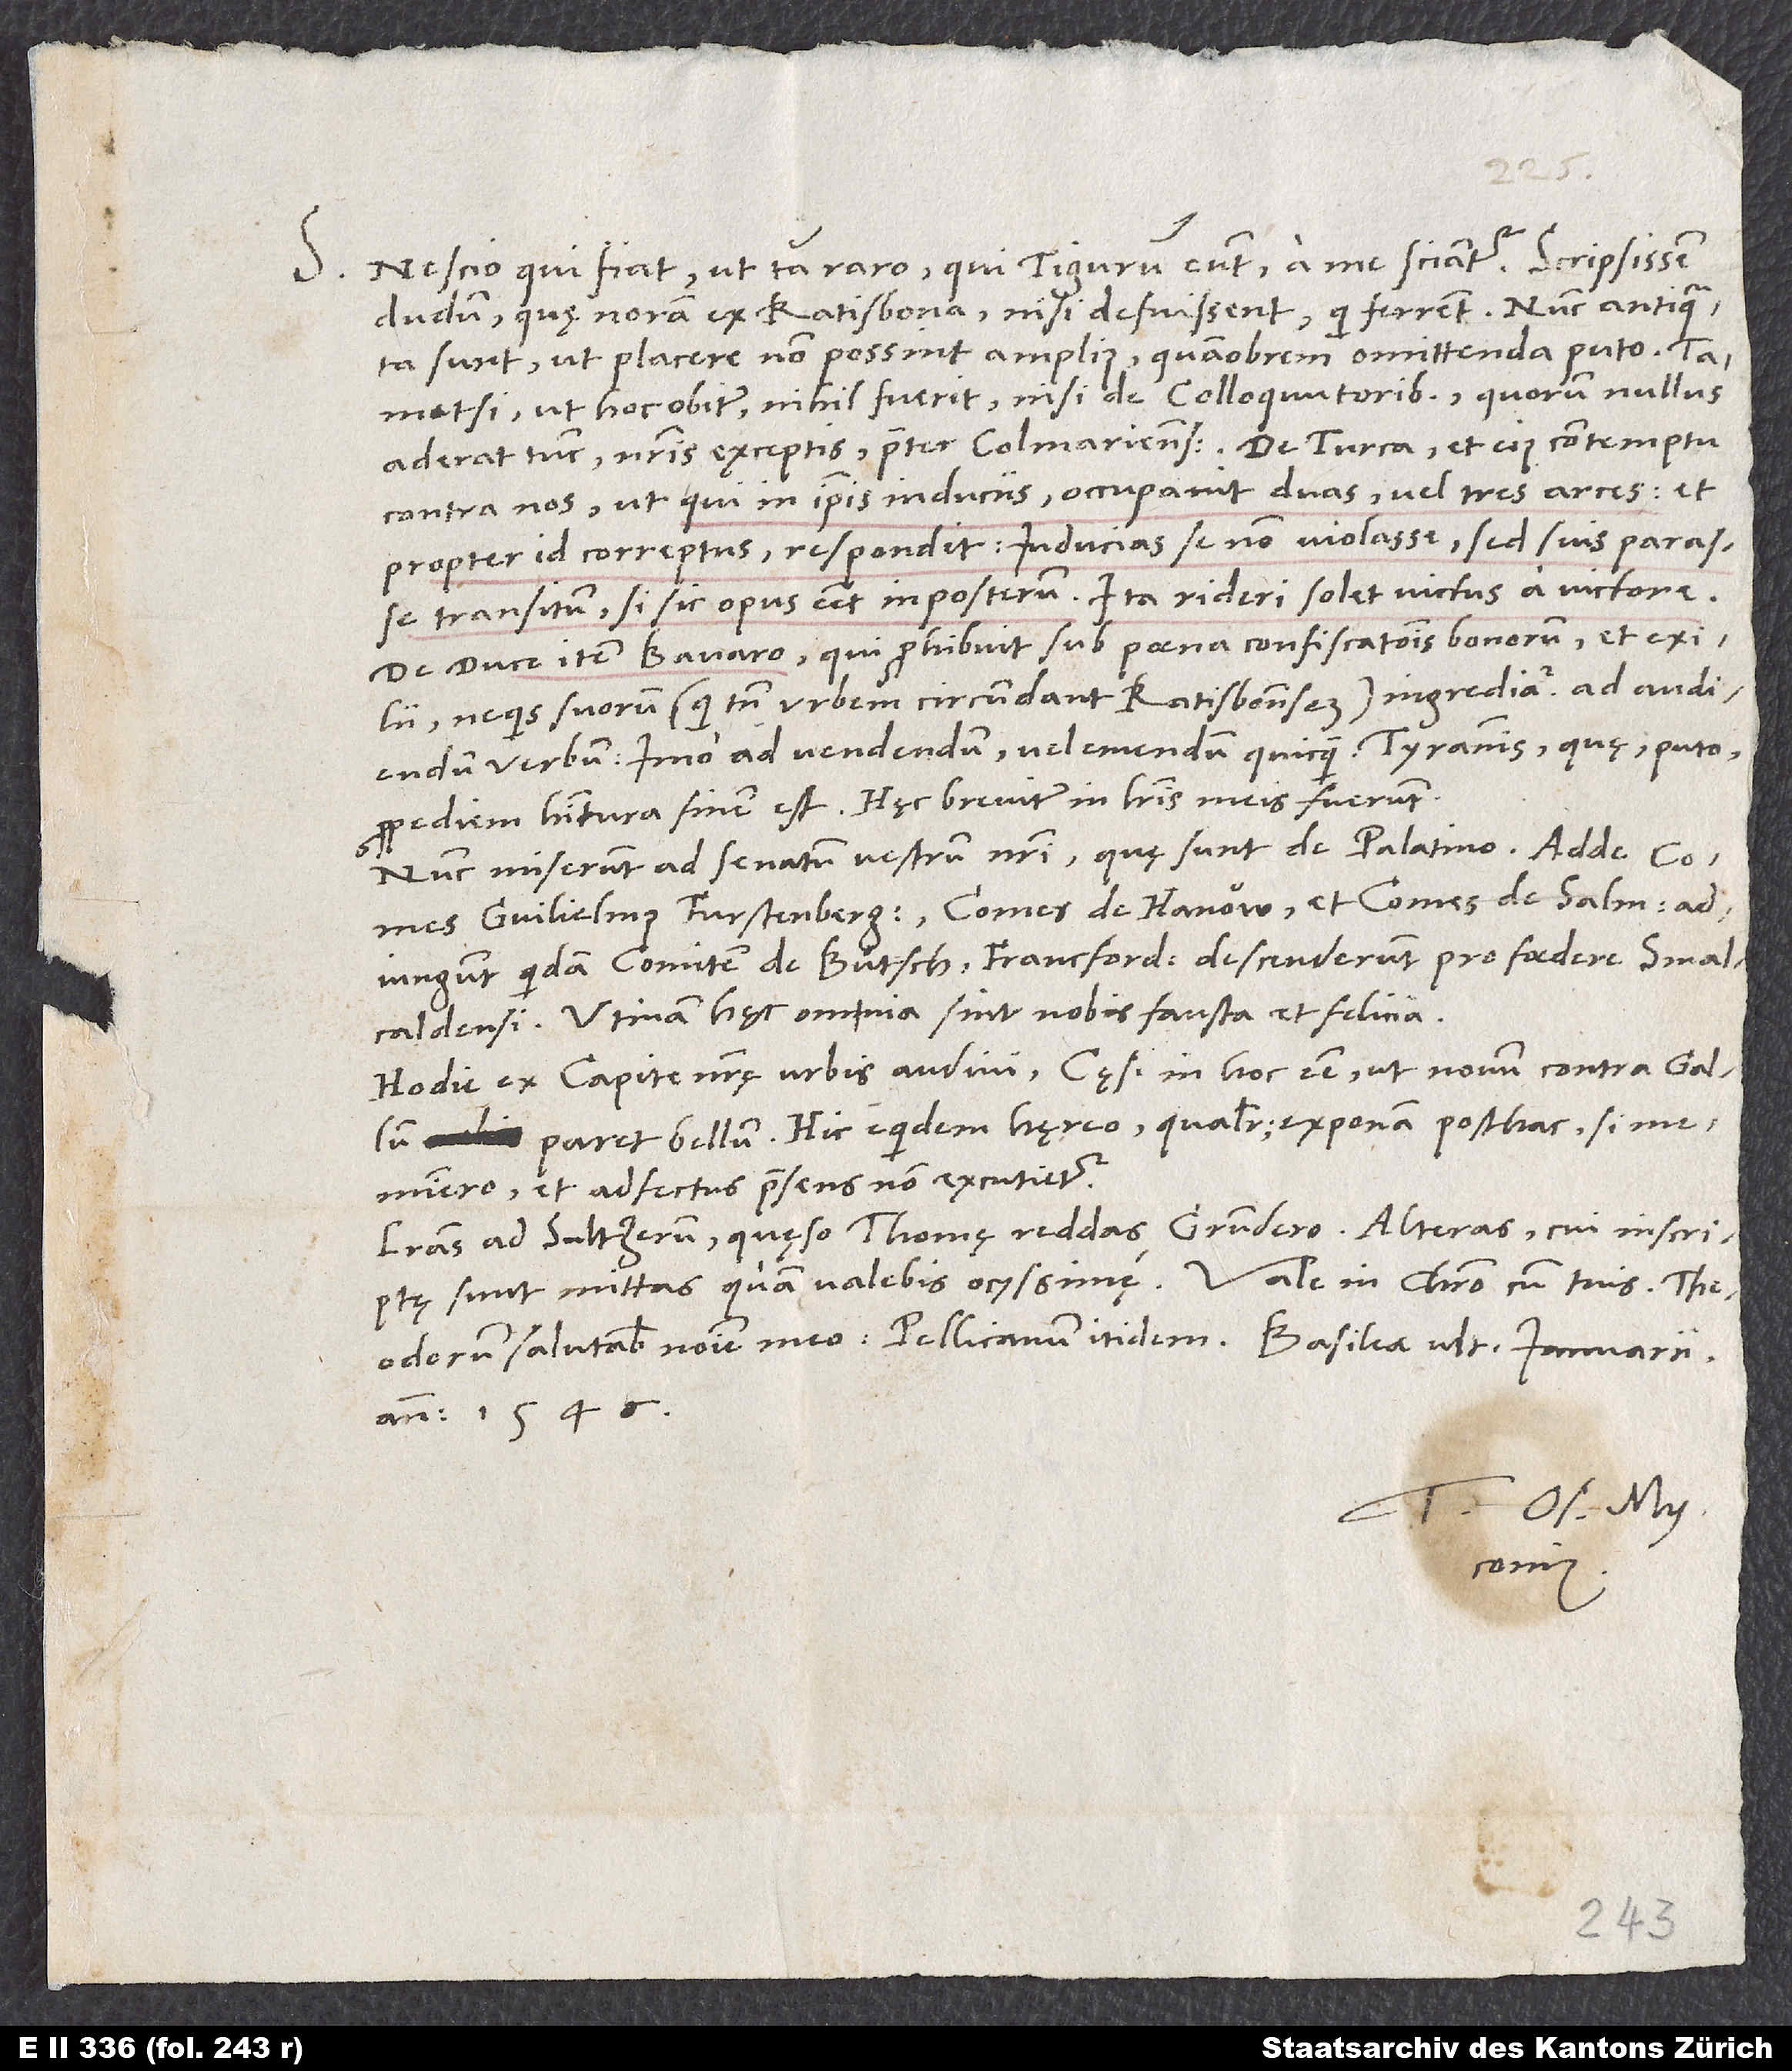
S. Nescio, qui fiat, ut tam raro, qui Tigurum eunt, a me sciantur. Scripsissem
dudum, quę noram ex Ratisbona, nisi defuissent, qui ferrent. Nunc antiquata
sunt, ut placere non possint amplius; quamobrem omittenda puto.
Tametsi, ut hoc obiter, nihil fuerit nisi de colloquutoribus, quorum nullus
contra nos, ut qui in ipsis induciis occupavit duas vel tres arces et,
propter id correptus, respondit inducias se non violasse, sed suis parasse
transitum, si sic opus esset in posterum. Ita rideri solet victus a victore!
De duce item Bavaro, qui prohibuit sub poena confiscationis bonorum et exilii,
ne quis suorum (qui tamen urbem circumdant Ratisbonensem) ingrediatur ad audiendum
verbum, imo ad vendendum vel emendum quicquam. Tyrannis, quę puto
propediem habitura finem, est. Hęc breviter in literis meis fuerunt.
Nunc miserunt ad senatum vestrum nostri, quę sunt de Palatino. Adde,
Guilielmus Furstenbergensis, comes de Hanow et comes de Salm
adiungunt quendam comitem de Bütsch. Francfordiam descenderunt pro foedere Smalcaldensi.
Utinam hęc omnia sint nobis fausta et felicia!
Hodie ex capite nostrę urbis audivi cęsarem in hoc esse, ut novum contra Gallum
paret bellum. Hic equidem hęreo. Qualiter, exponam posthac, si
meminero et adfectus praesens non excutietur.
Literas ad Sultzerum, quęso, Thomę reddas Grundero; alteras, cui inscriptę
Theodorum salutabis nomine meo, Pellicanum itidem. Basileae, ultima ianuarii
anno 1546.